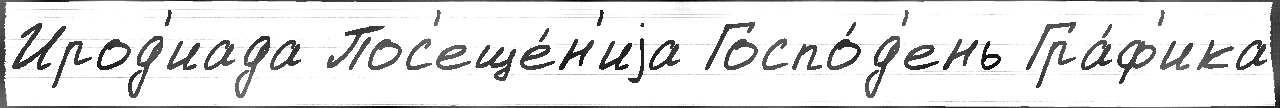
Ирод'иада Пос'еще́н'иjа Госпо́д'ень Гра́ф'ика